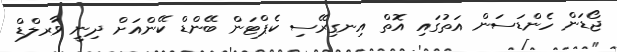
ޖޯޑަން ހެންޑަސަން އަތުގައި އޮތް އިނގިރޭސި ކެޕްޓަން ބޭންޑް ކޭންއަށް ދިނީ ވާރލްޑް